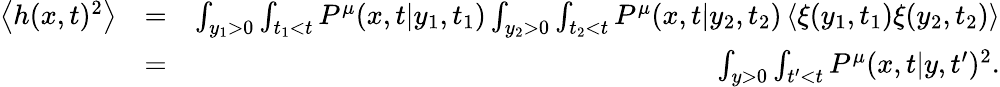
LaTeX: \begin{array}{rlr}{\left<h(x,t)^{2}\right>}&{=}&{\int_{y_{1}>0}\int_{t_{1}<t}P^{\mu}(x,t|y_{1},t_{1})\int_{y_{2}>0}\int_{t_{2}<t}P^{\mu}(x,t|y_{2},t_{2})\left<\xi(y_{1},t_{1})\xi(y_{2},t_{2})\right>}\\ &{=}&{\int_{y>0}\int_{t^{\prime}<t}P^{\mu}(x,t|y,t^{\prime})^{2}.}\end{array}